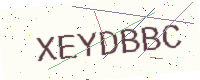
Text: XEYDBBC